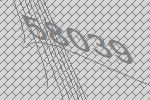
58039